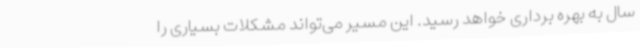
سال به بهره برداری خواهد رسید. این مسیر می‌تواند مشکلات بسیاری را